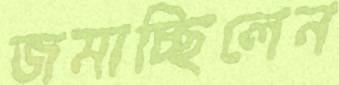
জমাচ্ছিলেন